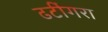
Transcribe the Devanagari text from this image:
ढटींगरा